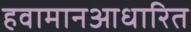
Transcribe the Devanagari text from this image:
हवामानआधारित